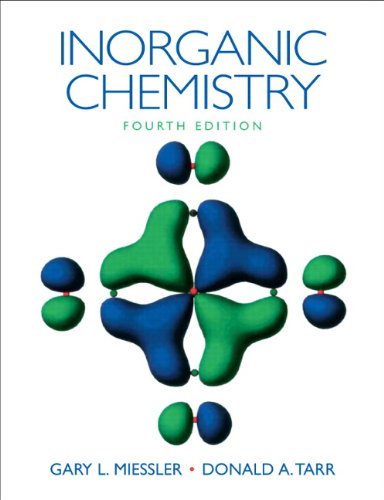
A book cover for Inorganic Chemistry (4th Edition); Gary L. Miessler; Science & Math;